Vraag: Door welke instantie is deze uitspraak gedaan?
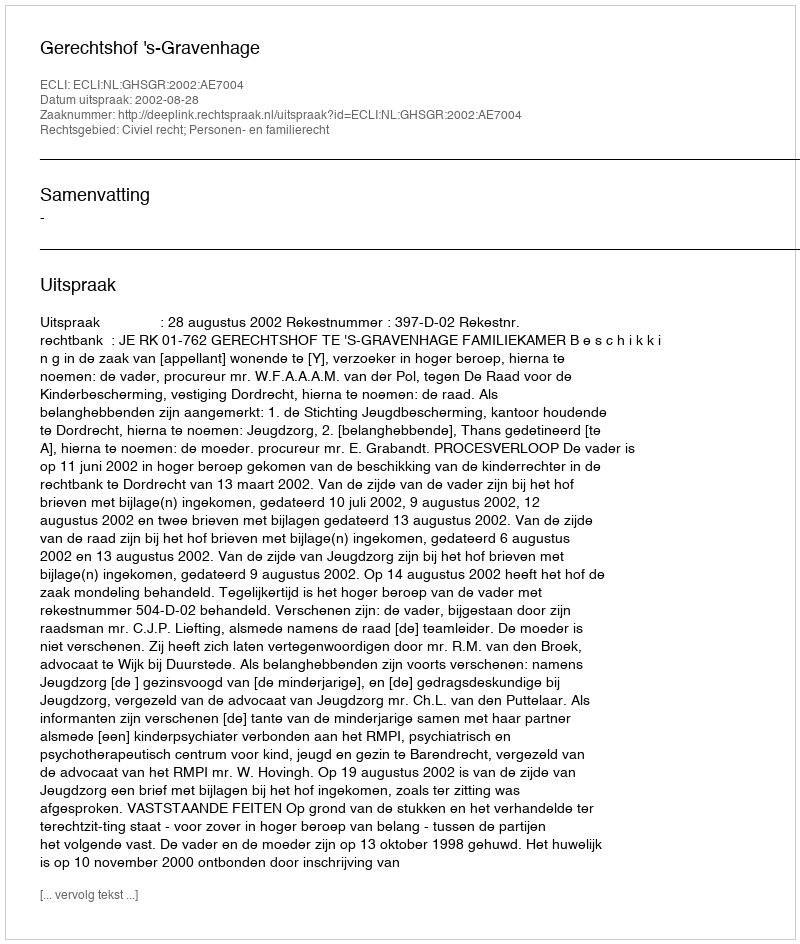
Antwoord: Gerechtshof 's-Gravenhage